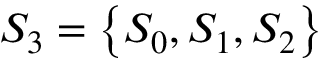
{ { S } _ { 3 } } = \left\{ { { S } _ { 0 } } , { { S } _ { 1 } } , { { S } _ { 2 } } \right\}